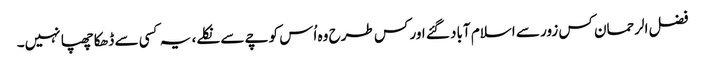
فضل الرحمان کس زور سے اسلام آباد گئے اور کس طرح وہ اُس کوچے سے نکلے، یہ کسی سے ڈھکا چھپا نہیں۔